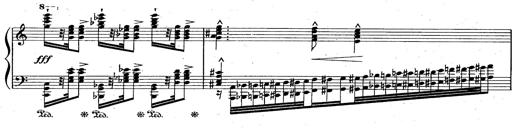
Title: God Save the Queen
Composer: Charles LÃ©on Hess
Key: A major